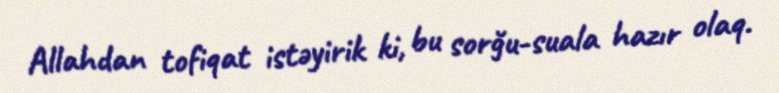
Allahdan tofiqat istəyirik ki, bu sorğu-suala hazır olaq.